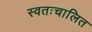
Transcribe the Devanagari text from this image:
स्वतःचालित